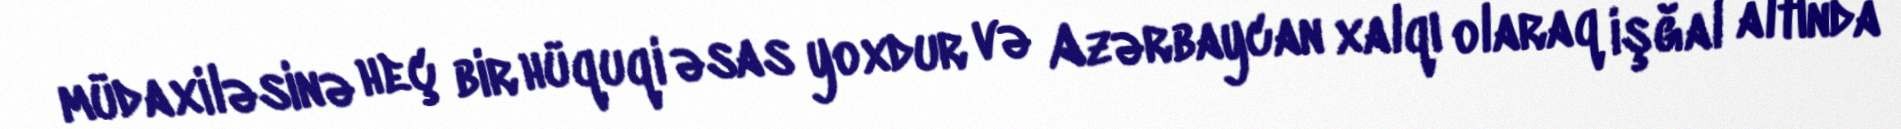
müdaxiləsinə heç bir hüquqi əsas yoxdur və Azərbaycan xalqı olaraq işğal altında